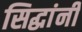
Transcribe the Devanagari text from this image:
सिद्धांनी